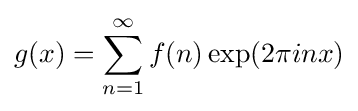
g(x)=\sum _{n=1}^{\infty }f(n)\exp(2\pi inx)